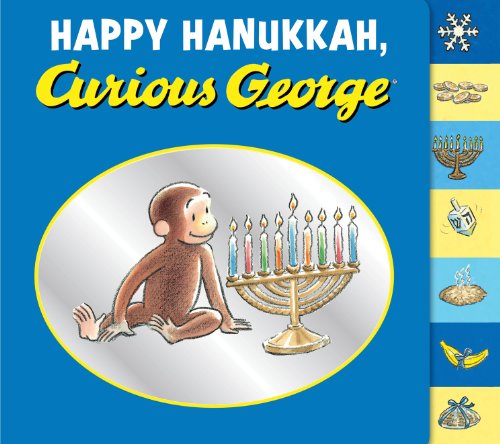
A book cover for Happy Hanukkah, Curious George tabbed board book; H. A. Rey; Children's Books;